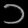
Digit: ၁